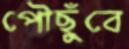
পৌছুঁবে